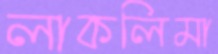
লাকলিমা